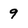
Character: 9